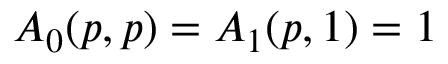
A _ { 0 } ( p , p ) = A _ { 1 } ( p , 1 ) = 1